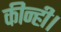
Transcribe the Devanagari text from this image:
कीन्ही।